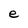
Character: e